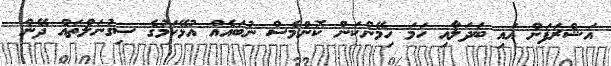
އަޝްރަފަށް އައި ބަދަލާއި ހަމަ ހިމޭންކަން ކޮންމެސް ނުބައެއް އުޅޭކަމުގެ ސިގުނަލްތައް ދޭން